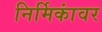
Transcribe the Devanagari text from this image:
निर्मिकांवर